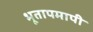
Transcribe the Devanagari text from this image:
भूतापमापी